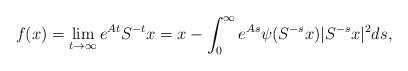
LaTeX: \begin{align*}f(x)=\lim_{t\to\infty} e^{At} S^{-t}x=x-\int_0^\infty e^{As}\psi(S^{-s}x)|S^{-s}x|^2 ds,\end{align*}